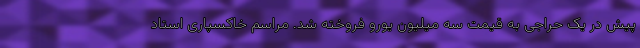
پیش در یک حراجی به قیمت سه میلیون یورو فروخته شد. مراسم خاکسپاری استاد